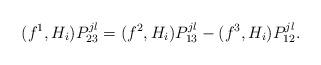
LaTeX: \begin{align*}(f^1,H_i)P_{23}^{jl}=(f^2,H_i)P_{13}^{jl}-(f^3,H_i)P_{12}^{jl}.\end{align*}